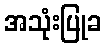
အသုံးပြုခ